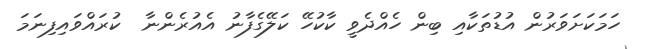
ހަމަކަށަވަރުން އުޑުތަކާއި ބިން ހެއްދެވީ ކާކުހޭ ކަލޭގެފާނު އެއުރެންނާ  ކުރައްވައިފިނަމަ